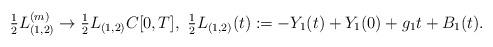
LaTeX: \begin{align*}\tfrac12L_{(1, 2)}^{(m)}\to\tfrac12L_{(1, 2)}C[0,T] ,\ \tfrac12L_{(1, 2)}(t):=- Y_1(t) + Y_1(0) + g_1t + B_1(t).\end{align*}